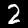
Label: 2